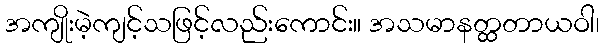
အကျိုးမဲ့ကျင့်သဖြင့်လည်းကောင်း။ အသမာနတ္ထတာယဝါ၊